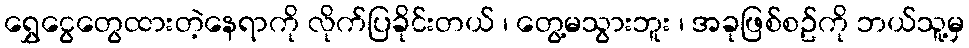
ရွှေငွေတွေထားတဲ့နေရာကို လိုက်ပြခိုင်းတယ် ၊ တွေ့မသွားဘူး ၊ အခုဖြစ်စဥ်ကို ဘယ်သူ့မှ